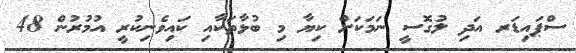
ސްޕައިޑަރ އަދި ލުގޮސީ ނަމަކަށް ކިޔާ މި ބުޅާތަކާއި ކައިވެނިކުރީ އުމުރުން 48